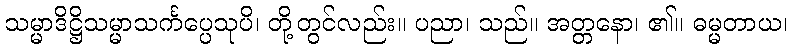
သမ္မာဒိဋ္ဌိသမ္မာသင်္ကပ္ပေသုပိ၊ တို့တွင်လည်း။ ပညာ၊ သည်။ အတ္တနော၊ ၏။ ဓမ္မတာယ၊